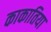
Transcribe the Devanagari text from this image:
काकातिया